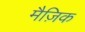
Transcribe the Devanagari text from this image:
मैज़िक